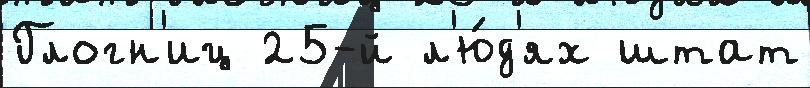
Глогн'иц 25-й л'ю́д'ях штат